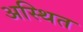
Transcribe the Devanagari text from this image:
अस्थित